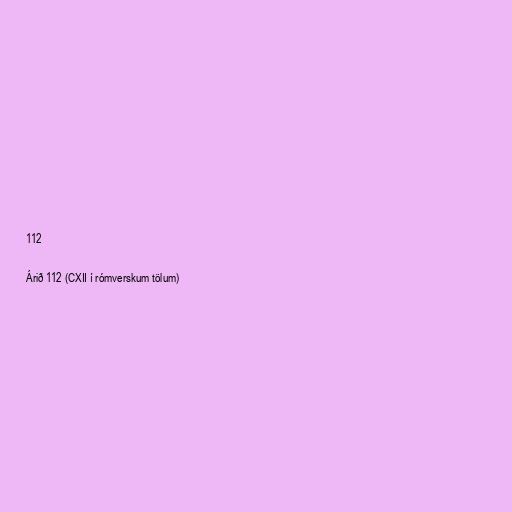
112

Árið 112 (CXII í rómverskum tölum)